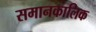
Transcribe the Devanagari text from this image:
समानकालिक